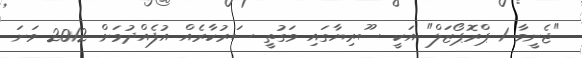
"ޖެނީވާ 1 ޕްރޮޕޯޒަލް" އަކީ ސޫރިޔާގައި ވަގުތީ ސަރުކާރެއް އުފެއްދުމަށް 2012 ވަނަ